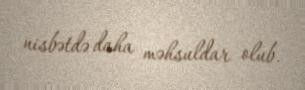
nisbətdə daha məhsuldar olub.